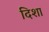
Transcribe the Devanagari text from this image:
दिशा